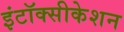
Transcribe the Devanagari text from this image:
इंटॉक्सीकेशन